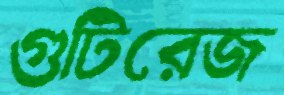
গুটিরেজ